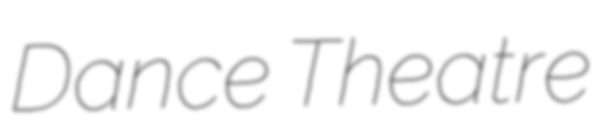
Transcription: Dance Theatre